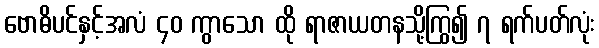
ဗောဓိပင်နှင့်အလံ ၄၀ ကွာသော ထို ရာဇာယတနသို့ကြွ၍ ၇ ရက်ပတ်လုံး